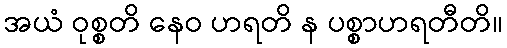
အယံ ဝုစ္စတိ နေဝ ဟရတိ န ပစ္စာဟရတီတိ။